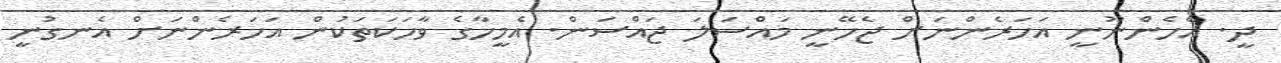
ދީ. އެހެންނޫނީ އަހަރެންނަށް ޖެހޭނީ މައްސަލަ ޖައްސަން. އެމީހާގެ ވާހަކަތަކުން އަހަރެންނަށް އެނގުނީ